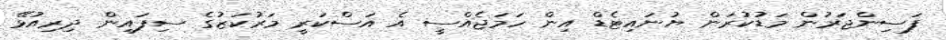
ފަސިންޖަރުން މަޑުކުރަން ޔުނައިޓެޑް އިން ހަމަޖެއްސީ އެ އަސްކަރީ މަރުކަޒުގެ ސިފައިން ދިރިއުޅޭ